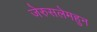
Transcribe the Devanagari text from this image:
जेरुसलेमहुन